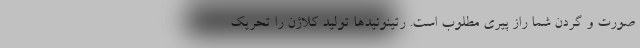
صورت و گردن شما راز پیری مطلوب است. رتینوئید‌ها تولید کلاژن را تحریک